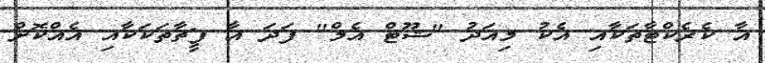
އާ ކެރެކްޓާތަކާއި އެކު މިއަދު "ޝޫޓް އެމް" ފަދަ އާ ފީޗާތަކަކާއި އެއްކޮށް